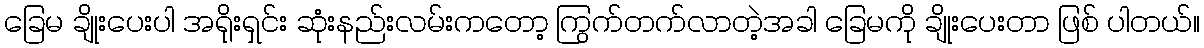
ခြေမ ချိုးပေးပါ အရိုးရှင်း ဆုံးနည်းလမ်းကတော့ ကြွက်တက်လာတဲ့အခါ ခြေမကို ချိုးပေးတာ ဖြစ် ပါတယ်။